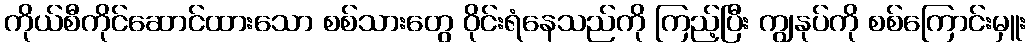
ကိုယ်စီကိုင်ဆောင်ထားသော စစ်သားတွေ ဝိုင်းရံနေသည်ကို ကြည့်ပြီး ကျွနုပ်ကို စစ်ကြောင်းမှူး